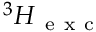
{ } ^ { 3 } \boldsymbol { H } _ { \mathrm { ~ e ~ x ~ c ~ } }